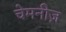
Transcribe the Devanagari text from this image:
चेमनीज़